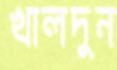
খালদুন